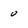
Character: 0